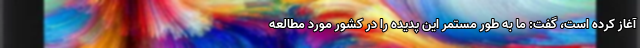
آغاز کرده است، گفت: ما به طور مستمر این پدیده را در کشور مورد مطالعه